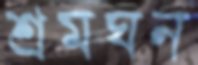
শ্রমঘন